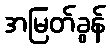
အမြတ်ခွန်